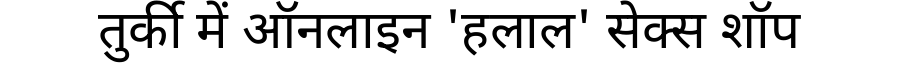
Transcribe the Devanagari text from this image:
तुर्की में ऑनलाइन 'हलाल' सेक्स शॉप